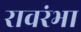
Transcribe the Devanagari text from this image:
रावरंभा